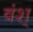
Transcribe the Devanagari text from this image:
वंश्